Memorandum on the prevention of leprosy by segregation of the affected
Disease focus: Leprosy
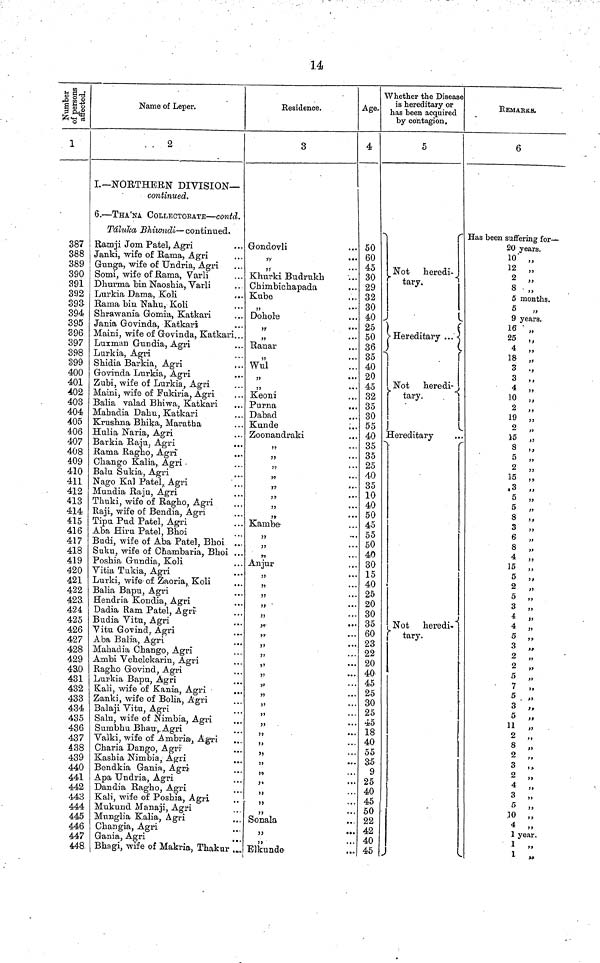
14
Number of peresons affected.
1
387
388
389
390
391
392
393
394
395
396
397
398
399
400
401
402
403
404
405
406
407
408
409
410
411
412
413
414
415
416
417
418
419
420
421
422
423.
424
425
426
427
428
429
4-ao
431
432
433
434
435
436
437
438
439
440
441
442
443
444
445
446
447
448
Name of Leper.
2
I. —NORTHERN DIVISION—
continued.
6. — THA'NA COLLECTORATE — contd.
Taluka Bhiwndi— continued.
Ramji Jom Patel, Agri
Janki, wife of Rama, Agri
Gunga, wife of Undria, Agri
Somi, wife of Rama, Varli
Dhurma bin Naoshia, Varli
Lurkia Dama, Koli
Rama bin Nahu, Koli
Shrawania Gomia, Katkari
Jania Govinda, Katkari
Maini, wife of Govinda, Katkari
Luxman Gun dia, Agri
Lurkia, Agri
Shidia Barkia, Agri
Govinda Lurkia, Agri
Zubi, wife of Lurkia, Agri
Maini, wife of Fukiria, Agri
Balia valad Bhiwa, Katkari
Mahadia Dahu, Katkari
Krushna Bhika, Maratha
Hulia Naria, Agri
Barkia Raju, Agri
Rama Ragho, Agri
Chango Kalia, Agri
Balu Sukia, Agri
Nago Kal Patel, Agri
Mundia Raja, Agri
Thuki, wife of Ragho, Agri
Raji, wife of Bendia, Agri
Tipu Pud Patel, Agri
Aba Hiru Patel, Bhoi
Budi, wife of Aba Patel, Bhoi
Suku, wife of Chambaria, Bhoi
Poshia Gundia, Koli
Vitia Tukia, Agri
Lurki, wife of Zaoria, Koli
Balia Bapu, Agri
Hendria Kondia, Agri
Dadia Ram Patel, Agri
Budia Vitu, Agri
Vitu Govind, Agri
Aba Balia, Agri
Mahadia Chango, Agri
Ambi Vehelekarin, Agri
Ragho Govind, Agri
Lurkia Bapu, Agri
Kali, wife of Kania, Agri
Zanki, wife of Bolia, Agri
Balaji Vitu, Agri
Salu, wife of Nimbia, Agri
Surnbhu Bhau, Agri
Valki, wife of Ambria, Agri
Charia Dan go, Agri
Kashia Nimbia, Agri
Bendkia Gania, Agri
Apa Undria, Agri
Dandia Ragho, Agri
Kali, wife of Poshia, Agri
Mukund Manaji, Agri
Munglia Kalia, Agri
Changia, Agri
Gania, Agri
Bhagi, wife of Makria, Thakur
Residence.
3
Gondovli
"
"
khurki Budrukh
Chimbichapada
Kube
"
Dohole
"
Ranar
"
Wul
"
"
Keoni
Purna
Dabad
Kunde
Zoonandraki
"
"
"
"
"
Kambe
Anjur
"
"
"
"
"
"
"
"
"
"
"
"
"
"
"
"
"
Sonala
"
"
Elkunde
Age.
4
50
60
45
30
29
32
30
40
25
50
36
35
40
20
45
32
35
30
55
40
35
35
25
40
35
10
40
50
45
55
50
40
30
15
40
25
20
30
35
60
23
22
20
40
45
25
30
25
45
18
40
55
35
9
25
40
45
50
22
42
40
45
Whether the Disease
is hereditary or
has been acquired
by contagion.
5
Not heredi-
tary
Hereditary ...
Not
heredi-
tary.
Hereditary
Not heredi-
tary.
REMARKS.
6
Has been suffering for—
20 years.
10 "
2
"
2 "
3 "
5 months.
5 "
9 years.
16 "
25 "
4 "
18 "
3 "
3 "
4 "
10 "
2 "
19 "
9
15
3
5
2
15
3
5
5
3
3
6
8
4
15
5
2
5
3
4
4
5
3
2
2
5
7
5
3
5
11
2
8
2
3
2
4
3
5
10
4
1 year.
1
1